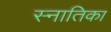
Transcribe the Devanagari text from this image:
स्नातिका